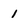
Character: 1